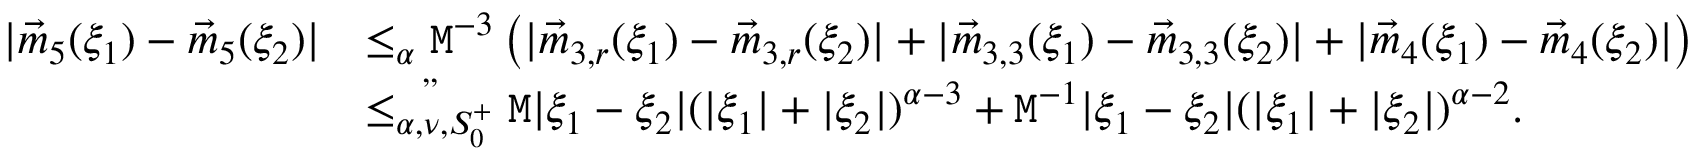
\begin{array} { r l } { | \vec { m } _ { 5 } ( \xi _ { 1 } ) - \vec { m } _ { 5 } ( \xi _ { 2 } ) | } & { \le _ { \alpha } \mathtt { M } ^ { - 3 } \left( | \vec { m } _ { 3 , r } ( \xi _ { 1 } ) - \vec { m } _ { 3 , r } ( \xi _ { 2 } ) | + | \vec { m } _ { 3 , 3 } ( \xi _ { 1 } ) - \vec { m } _ { 3 , 3 } ( \xi _ { 2 } ) | + | \vec { m } _ { 4 } ( \xi _ { 1 } ) - \vec { m } _ { 4 } ( \xi _ { 2 } ) | \right) } \\ & { \overset { , , } { \le _ { \alpha , \nu , S _ { 0 } ^ { + } } } \mathtt { M } | \xi _ { 1 } - \xi _ { 2 } | ( | \xi _ { 1 } | + | \xi _ { 2 } | ) ^ { \alpha - 3 } + \mathtt { M } ^ { - 1 } | \xi _ { 1 } - \xi _ { 2 } | ( | \xi _ { 1 } | + | \xi _ { 2 } | ) ^ { \alpha - 2 } . } \end{array}